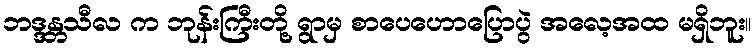
ဘဒ္ဒန္တသီလ က ဘုန်းကြီးတို့ ရွာမှ စာပေဟောပြောပွဲ အလေ့အထ မရှိဘူး။